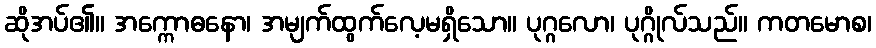
ဆိုအပ်၏။ အက္ကောဓနော၊ အမျက်ထွက်လေ့မရှိသော။ ပုဂ္ဂလော၊ ပုဂ္ဂိုလ်သည်။ ကတမောစ၊